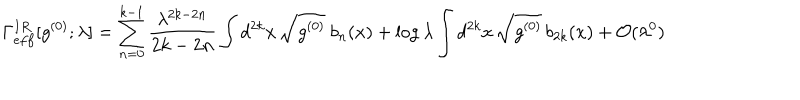
LaTeX: \Gamma _ { e f f } ^ { I R } [ g ^ { ( 0 ) } ; \lambda ] = \sum _ { n = 0 } ^ { k - 1 } { \frac { \lambda ^ { 2 k - 2 n } } { 2 k - 2 n } } \int d ^ { 2 k } x \, \sqrt { g ^ { ( 0 ) } } \ b _ { n } ( x ) + \log \lambda \int d ^ { 2 k } x \, \sqrt { g ^ { ( 0 ) } } \, b _ { 2 k } ( x ) + { \cal O } ( \lambda ^ { 0 } )